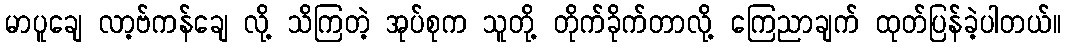
မာပူချေ လာ့ဗ်ကန်ချေ လို့ သိကြတဲ့ အုပ်စုက သူတို့ တိုက်ခိုက်တာလို့ ကြေညာချက် ထုတ်ပြန်ခဲ့ပါတယ်။